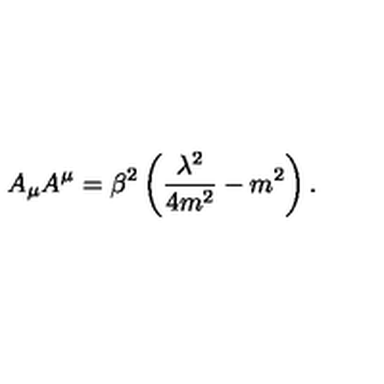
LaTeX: A _ { \mu } A ^ { \mu } = \beta ^ { 2 } \left( \frac { \lambda ^ { 2 } } { 4 m ^ { 2 } } - m ^ { 2 } \right) .